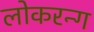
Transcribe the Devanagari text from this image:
लोकरन्ग